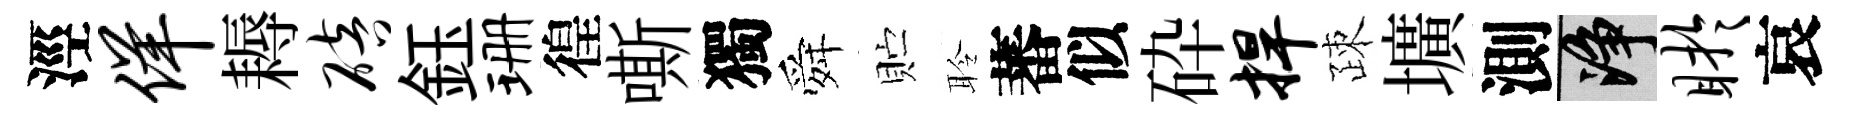
涇佯耨碚鈺珊徨嘶獨舜贮聆蕃似砕捍疎壙測净盱哀